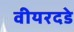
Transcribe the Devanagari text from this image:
वीयरदडे